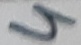
Text: 4